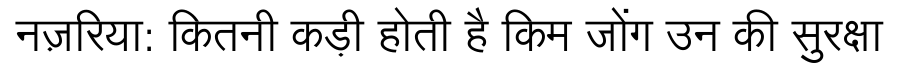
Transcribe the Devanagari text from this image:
नज़रिया: कितनी कड़ी होती है किम जोंग उन की सुरक्षा